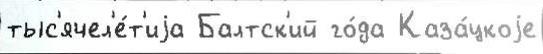
тыс'ячел'е́т'иjа Балтск'ий го́да Каза́цкоjе